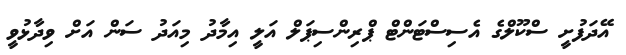
އޭދަފުށީ ސްކޫލްގެ އެސިސްޓަންޓް ޕްރިންސިޕަލް އަލީ އިމާދު މިއަދު ސަން އަށް ވިދާޅުވީ